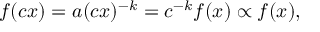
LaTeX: f ( c x ) = a ( c x ) ^ { - k } = c ^ { - k } f ( x ) \propto f ( x ) ,